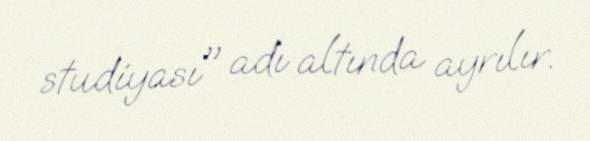
studiyası" adı altında ayrılır.